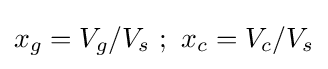
x_{g}=V_{g}/V_{s}\ ;\ x_{c}=V_{c}/V_{s}